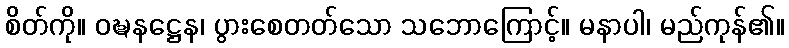
စိတ်ကို။ ဝဍ္ဎနဋ္ဌေန၊ ပွားစေတတ်သော သဘောကြောင့်။ မနာပါ၊ မည်ကုန်၏။